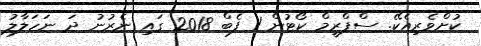
ކުށްވެރިއެކޭ. ސްޕްރީމް ކޯޓުން 1 ފެބް 2018 ގައި ނެރުނު ދަ ނަހަލާލު